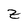
Character: z